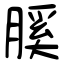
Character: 膎